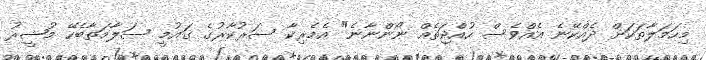
މިހަމަލާތަކަށް ދެއްކޭނެ އެއްވެސް ހުއްޖަތެއް ނޯންނާނެ" އެމެރިކާ ސަރުކާރުގެ ގައުމީ ސަލާމަތާބެހޭ މުޝީރު